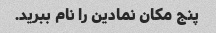
پنج مکان نمادین را نام ببرید.